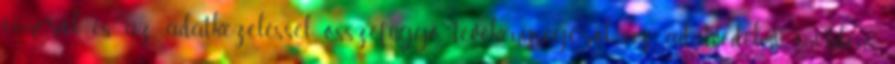
címéről és az adatkezeléssel összefüggő tevékenységéről, az adatvédelmi incidens